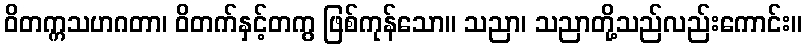
ဝိတက္ကသဟဂတာ၊ ဝိတက်နှင့်တကွ ဖြစ်ကုန်သော။ သညာ၊ သညာတို့သည်လည်းကောင်း။